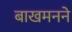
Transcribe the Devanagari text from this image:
बाखमनने